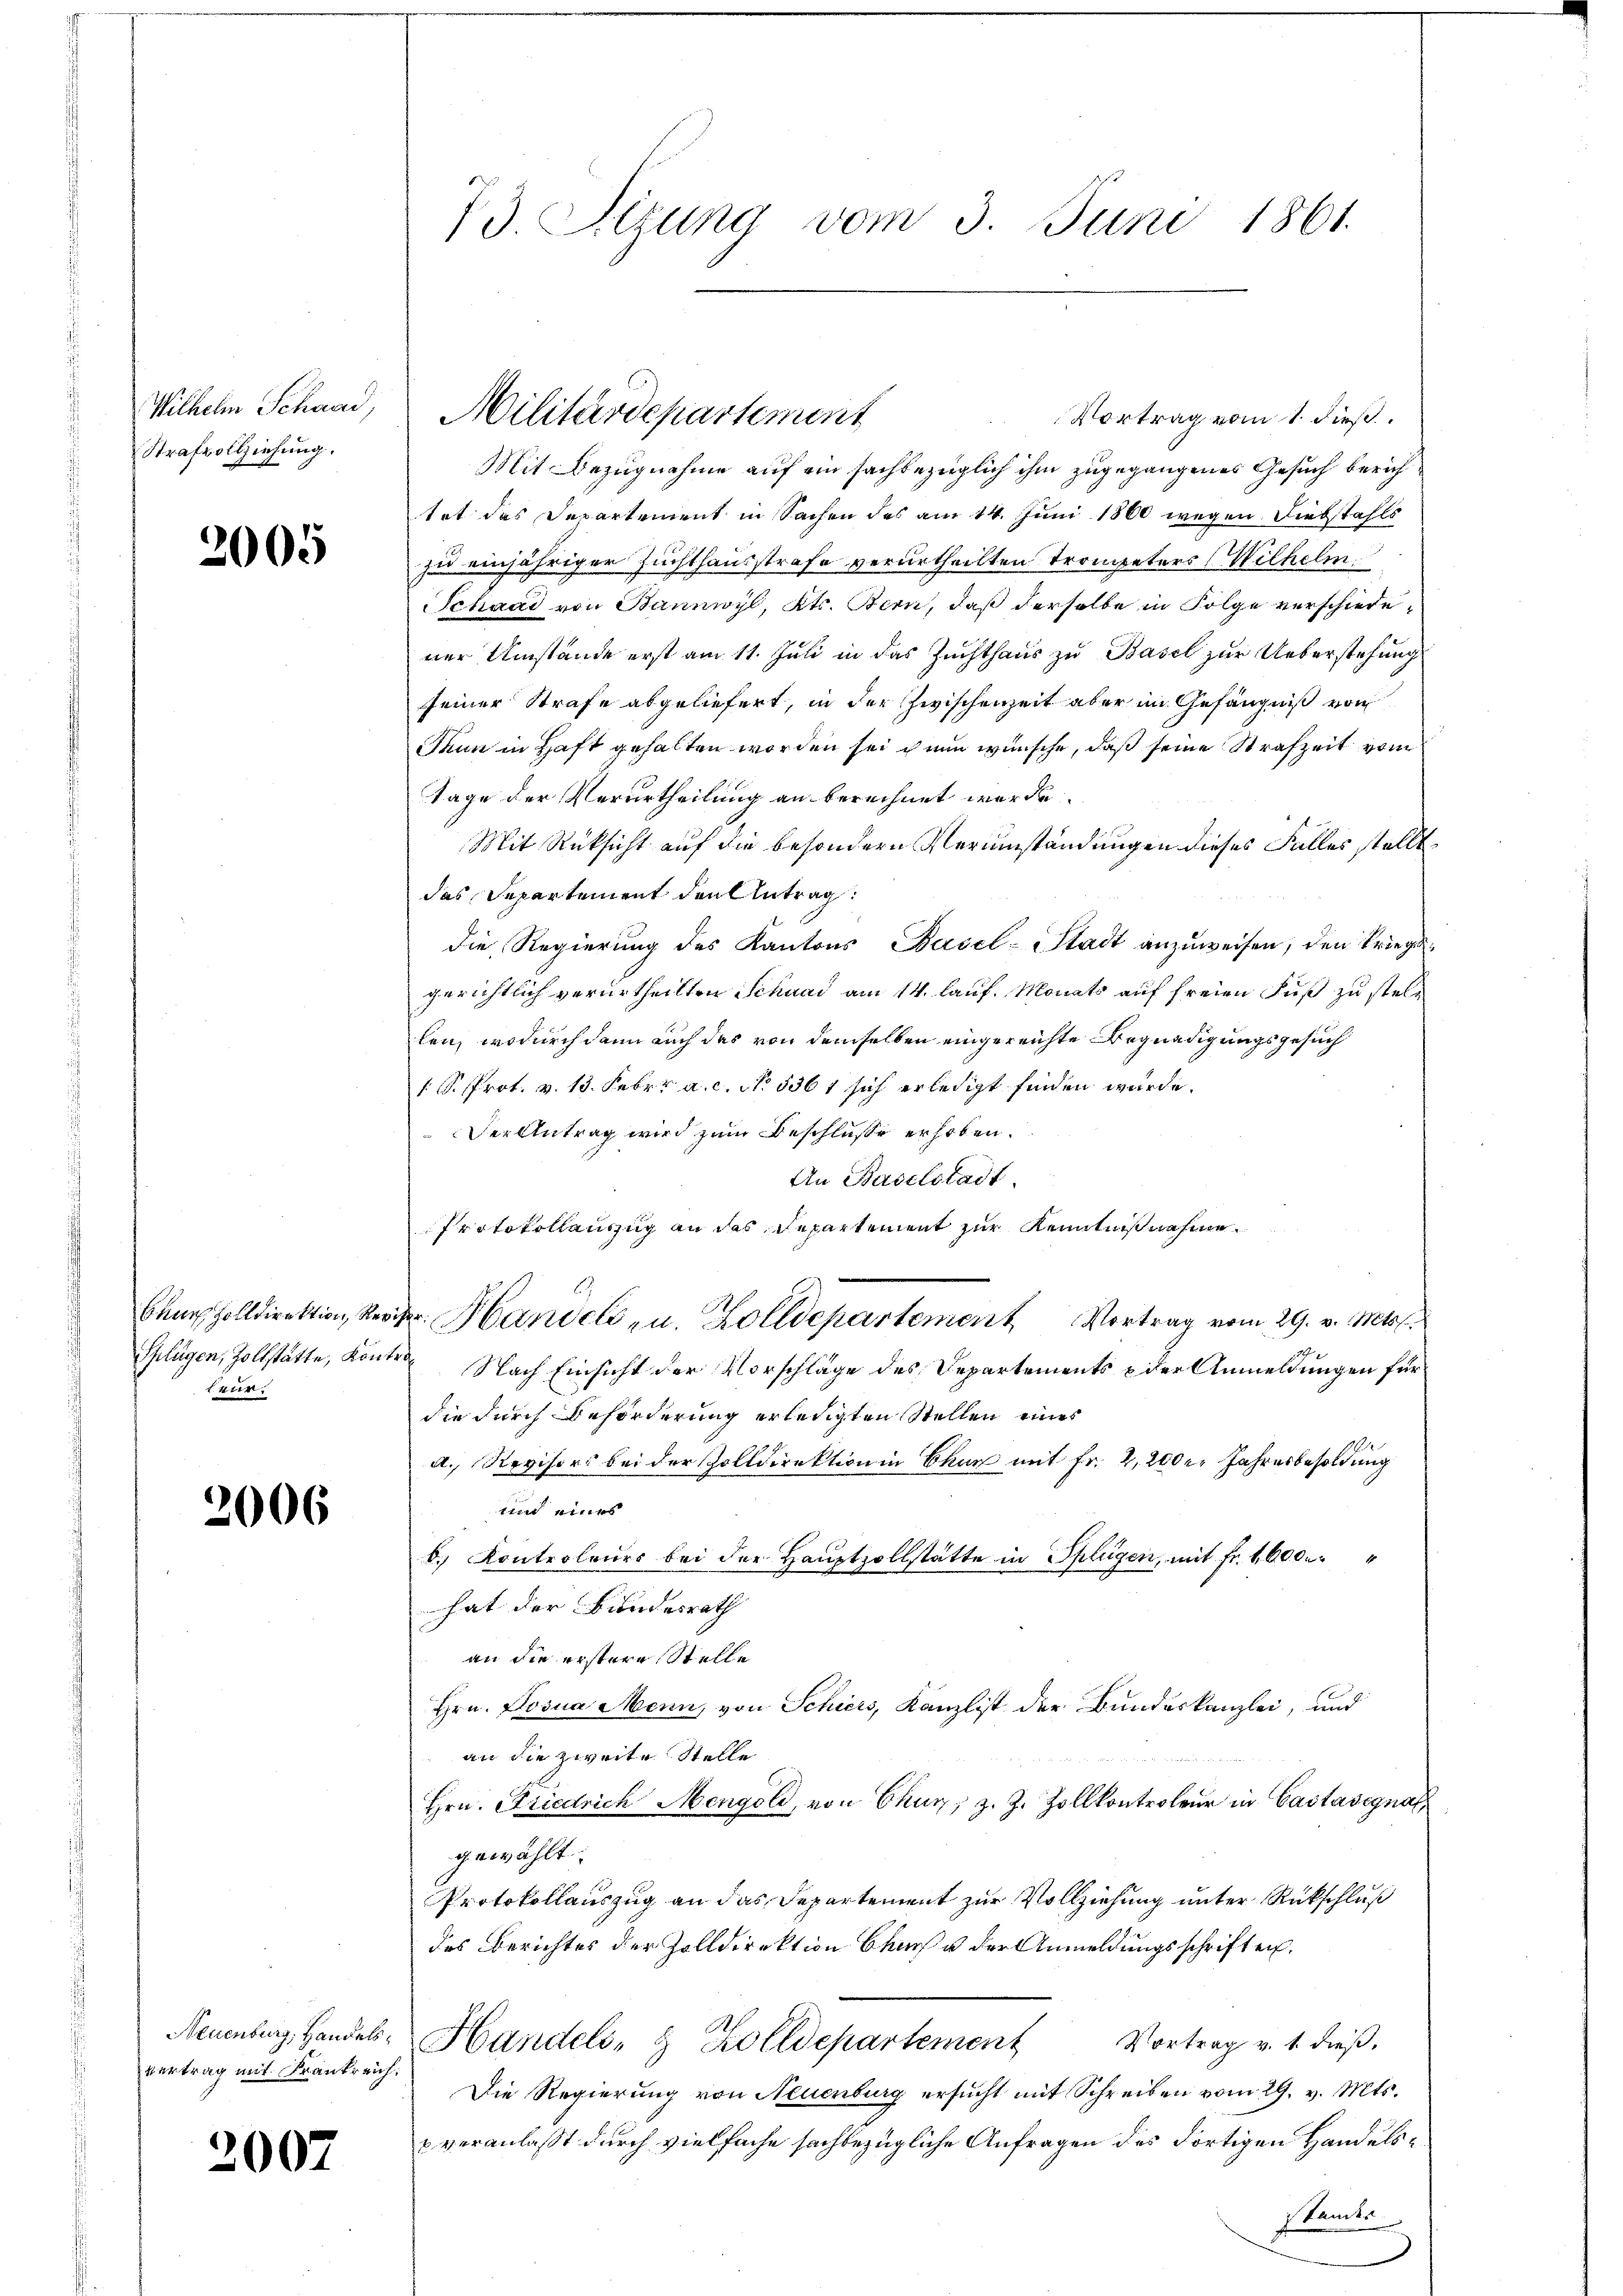
Strafvollziehung.

2005

Vortrag vom 1. dieß.
Mit Bezugnahme auf ein sachbezüglich ihm zugegangenes Gesuch berich
tet das Departement in Sachen des am 14. Juni 1860 wegen Diebstahls
zu einjähriger Zuchthausstrafe verurtheilten Trompeters (Wilhelm
Schaad von Bannwyl, Kts. Bern, daß derselbe in Folge verschiedener Umstände erst am 11. Juli in das Zuchthaus zu Basel zur Ueberstehung
seiner Strafe abgeliefert, in der Zwischenzeit aber im Gefängniß von
Paun in Haft gehalten worden sei ich nun wünsche, daß seine Strafzeit vom
tage der Verurtheilung an berechnet werde.
Mit Rücksicht auf die besondern Verumständungen dieses Falles stellt
das Departement den Antrag:
die Regierung des Kantons Basel-Stadt anzuweisen, den Kriegsgerichtlich verurtheilten Schaad am 14. lauf. Monats auf freien Fuß zu stellen, wodurch dann auch das von demselben eingereichte Begnadigungsgesuch
1 S. Prot. v. 13. Febr. a. c. No. 536 t sich erledigt finden wurde.
 Der Antrag wird zum Beschlusse erhoben.
An Baselstadt.
Protokollauszug an das Departement zur Kenntniß nehme
baar Zolldirektion, Reser Handels- u. Zolldepartement Vortrag vom 29. v. Mts.
Nach Einsicht der Vorschläge des Departements der Anmeldungen für
die durch Beförderung erledigten Stellen eines
a. Revisors bei der Zolldirektion in Ekur mit Fr. 2,200 l. Jahresbesoldung
min eines
b. Kontroleurs bei der Hauptzollstätte in Splügen, mit Fr. 1600.
hat der Bundesrath
an die erstere Stelle
Hrn. Posna Menn, von Schiers, Kanzlist der Bundeskanzlei, und
an die zweite Stelle
Hrn. Friedrich Mengold, von Chur, z. Z. Zollkontroleur in Castasignalgewählt.
Protokollauszug an das Departement zur Vollziehung unter Rückschluß
des Berichtes der Zolldirektion bruch der Anmeldungsschriften.
Neuenburg, Handels- Handels- & Zolldepartement Vortrag v. 1. dieβ.
Die Regierung von Neuenburg ersucht mit Schreiben vom 29. v. Mts.
 veranlaßt durch vielfache sachbezügliche Anfragen des Fortigen Handelsstandes

Splügen, Zollstätte, Kontra¬
1 ver

2006

vertrag mit Frankreich.

2007

73. Sitzung vom 3. Juni 1861.

Wilhelm Schnad, Militärdepartement